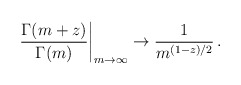
\begin{align*}\left.\frac{\Gamma(m+z)}{\Gamma(m)}\right|_{m\to\infty}\to\frac{1}{m^{(1-z)/2}}\,{.}\end{align*}